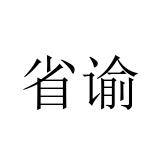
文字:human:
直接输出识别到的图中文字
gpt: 省谕